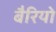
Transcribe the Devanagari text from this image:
बैरियो